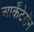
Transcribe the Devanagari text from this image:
आर्केंटेरॉन